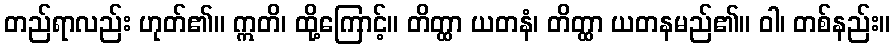
တည်ရာလည်း ဟုတ်၏။ ဣတိ၊ ထို့ကြောင့်။ တိတ္ထာ ယတနံ၊ တိတ္ထာ ယတနမည်၏။ ဝါ၊ တစ်နည်း။